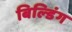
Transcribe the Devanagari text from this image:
बिल्‍डिंग